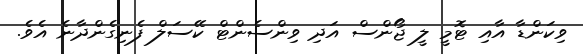
ވިކަންޑާ އާއި ޓޮމީ ލީ ޖޯންސް އަދި ވިންސެންޓް ކޭސަލް ފެނިގެންދާނެ އެވެ.